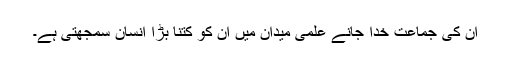
ان کی جماعت خدا جانے علمی میدان میں ان کو کتنا بڑا انسان سمجھتی ہے۔